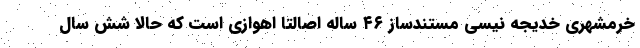
خرمشهری خدیجه نیسی مستندساز ۴۶ ساله اصالتا اهوازی است که حالا شش سال